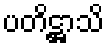
ပတိဋ္ဌာသိ